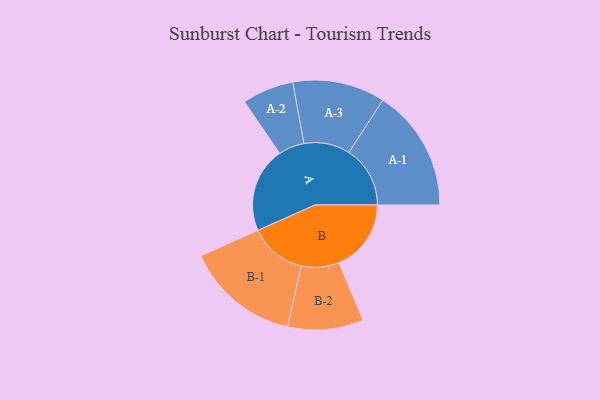
{"axis": {"x": "Segment", "y": "Value"}, "legend": ["", "A", "B"], "data": [{"x": "A", "y": 397, "type": ""}, {"x": "B", "y": 336, "type": ""}, {"x": "A-1", "y": 285, "type": "A"}, {"x": "A-2", "y": 120, "type": "A"}, {"x": "A-3", "y": 215, "type": "A"}, {"x": "B-1", "y": 266, "type": "B"}, {"x": "B-2", "y": 176, "type": "B"}]}